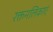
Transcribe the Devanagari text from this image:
रक्तनलिकाएं